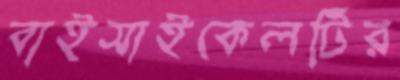
বাইসাইকেলটির